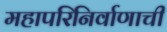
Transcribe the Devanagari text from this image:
महापरिनिर्वाणाची